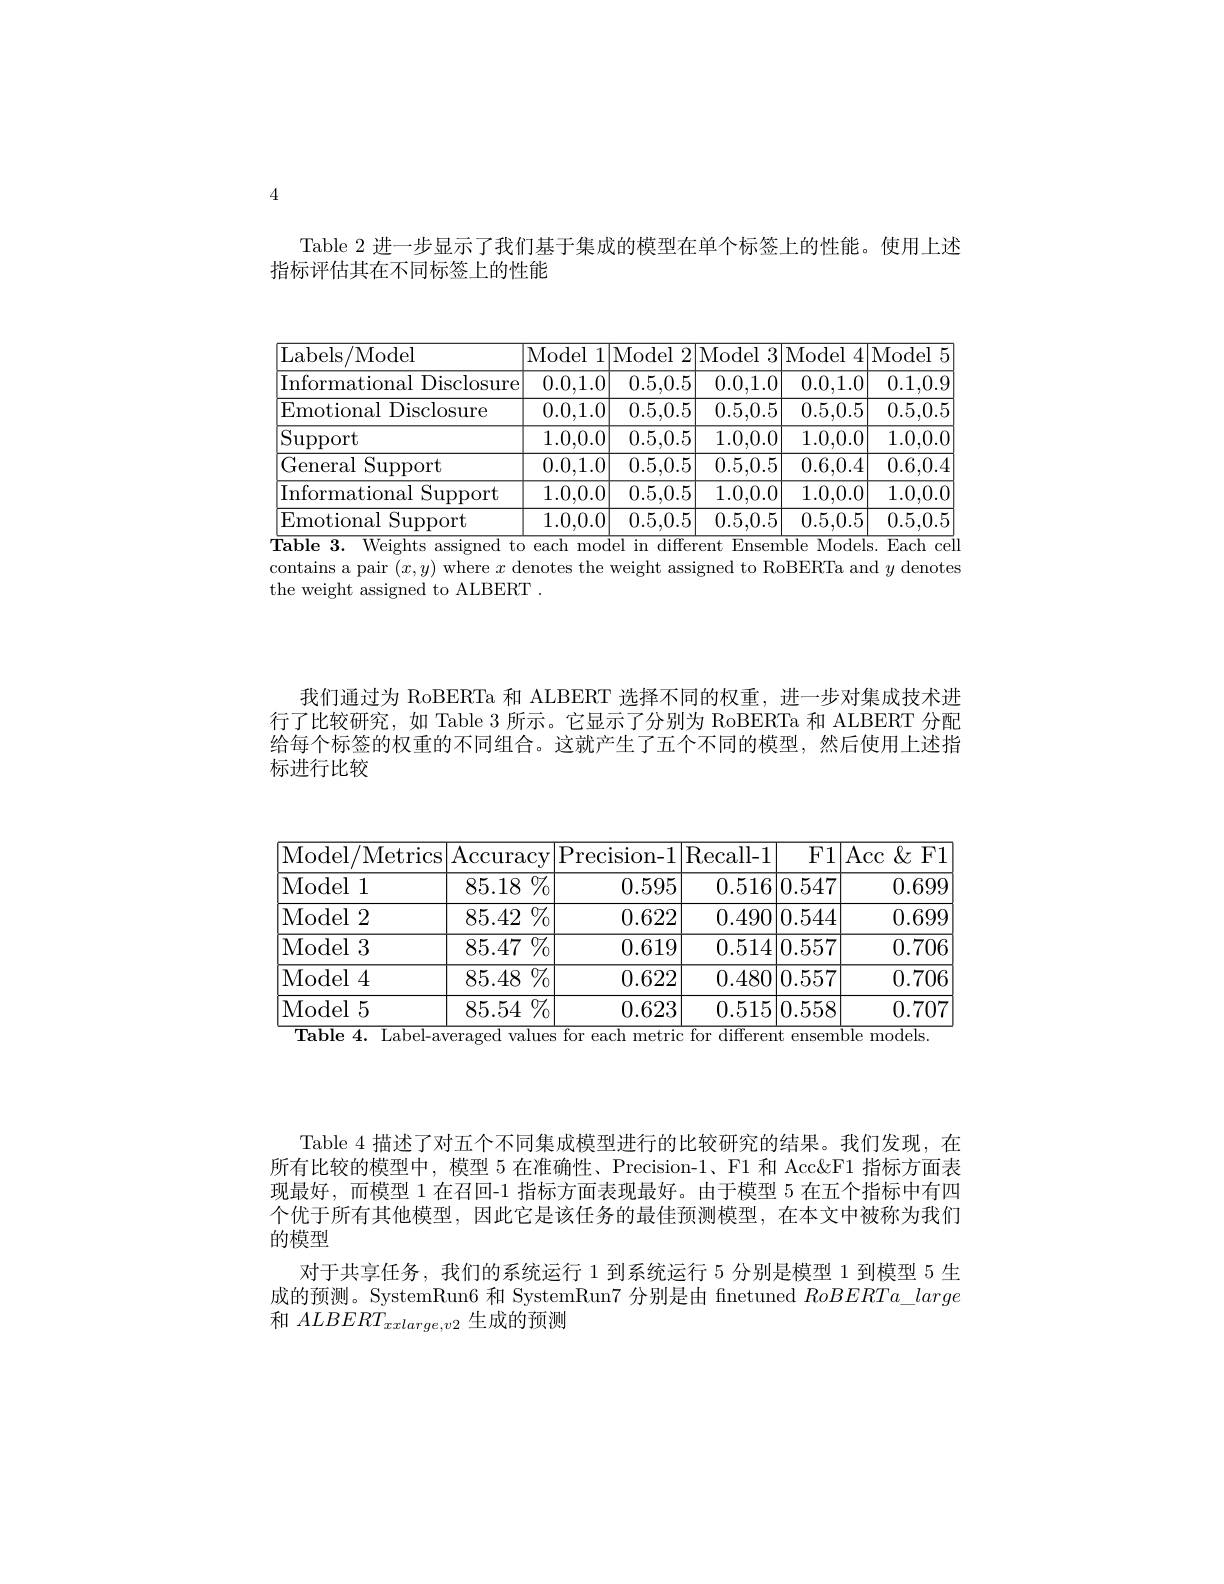
4

Table 2 进一步显示了我们基于集成的模型在单个标签上的性能。使用上述
指标评估其在不同标签上的性能

<table>
	<tbody>
		<tr>
			<th>Labels/ Model</th>
			<th>Model !l1</th>
			<th>Model 2</th>
			<th>Model 3</th>
			<th>Model 4</th>
			<th>Model $F$</th>
		</tr>
		<tr>
			<td>Informational Disclosure</td>
			<td>0.0,1.0</td>
			<td>0.5,0.5</td>
			<td>0.0,1.0</td>
			<td>0.0,1.0</td>
			<td>0.1,0.9</td>
		</tr>
		<tr>
			<td>Emotional Disclosure</td>
			<td>0.0,1.0</td>
			<td>0.5,0.5</td>
			<td>0.5,0.5</td>
			<td>0.5,0.5</td>
			<td>0.5,0.5</td>
		</tr>
		<tr>
			<td>$\operatorname{Support}$</td>
			<td>1.0,0.0</td>
			<td>0.5,0.5</td>
			<td>1.0,0.0</td>
			<td>1.0,0.0</td>
			<td>1.0,0.0</td>
		</tr>
		<tr>
			<td>General Support</td>
			<td>0.0,1.0</td>
			<td>0.5,0.5</td>
			<td>0.5,0.5</td>
			<td>0.6,0.4</td>
			<td>0.6,0.4</td>
		</tr>
		<tr>
			<td>Informational Support</td>
			<td>1.0,0.0</td>
			<td>0.5,0.5</td>
			<td>1.0,0.0</td>
			<td>1.0,0.0</td>
			<td>1.0,0.0</td>
		</tr>
		<tr>
			<td>Emotional Support</td>
			<td>1.0,0.0</td>
			<td>0.5,0.5</td>
			<td>0.5,0.5</td>
			<td>0.5,0.5</td>
			<td>0.5,0.5</td>
		</tr>
	</tbody>
</table>
$\overline{\text{Table 3. Weights assigned to each model in different Ensemble Models. Each cell}}$

contains a pair $(x,y)$ where $x$ denotes the weight assigned to RoBERTa and $y$ denotes
the weight assigned to ALBERT

我们通过为 RoBERTa 和 ALBERT 选择不同的权重，进一步对集成技术进行了比较研究，如 Table 3 所示。它显示了分别为 RoBERTa 和 ALBERT 分配给每个标签的权重的不同组合。这就产生了五个不同的模型，然后使用上述指标进行比较

<table>
	<tbody>
		<tr>
			<th>Model /Metrics</th>
			<th>$\operatorname{Accuracy}$</th>
			<th>Precision- 1</th>
			<th>Recall- 1</th>
			<th>.1 $F1$</th>
			<th>Acc $\&$F1 $\because i$</th>
		</tr>
		<tr>
			<td>Model 1</td>
			<td>$\overline{85.18\%}$</td>
			<td>0.595</td>
			<td>$0.51\epsilon$</td>
			<td>|0.547 6 </td>
			<td>0.699</td>
		</tr>
		<tr>
			<td>Model 12</td>
			<td>$85.42\%$</td>
			<td>0.622</td>
			<td>0.49C</td>
			<td>90 |0.544 11 1</td>
			<td>0.699</td>
		</tr>
		<tr>
			<td>Model 3</td>
			<td>${\overline{85.47}}{\%}$</td>
			<td>0.619</td>
			<td>0.51</td>
			<td>4 |0.557</td>
			<td>0.706</td>
		</tr>
		<tr>
			<td>Model $\angle AC=\angle AC$ 4</td>
			<td>${\overline{85.48\%}}$</td>
			<td>0.622</td>
			<td>0.48C</td>
			<td>30 |0.557 </td>
			<td>0.706</td>
		</tr>
		<tr>
			<td>Model 15</td>
			<td>$85.54\%$</td>
			<td>0.623</td>
			<td>0.515</td>
			<td>5 |0.558 </td>
			<td>0.707</td>
		</tr>
	</tbody>
</table>
$\overline{\textbf{Table 4. Label-averaged values for each metric for different ensemble models.}}$

Table 4 描述了对五个不同集成模型进行的比较研究的结果。我们发现，在所有比较的模型中，模型 5 在准确性、Precision-1、F1 和 Acc&F1 指标方面表现最好，而模型 1 在召回-1 指标方面表现最好。由于模型 5 在五个指标中有四个优于所有其他模型，因此它是该任务的最佳预测模型，在本文中被称为我们的模型
对于共享任务，我们的系统运行 1 到系统运行 5 分别是模型 1 到模型 5 生成的预测。SystemRun6 和 SystemRun7 分别是由 finetuned $RoBERTa\_large$ 和$ALBERT_{xxlarge,v2}$生成的预测